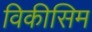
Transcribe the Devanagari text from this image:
विकीसिम